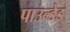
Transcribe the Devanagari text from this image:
पाउन्डेड